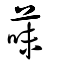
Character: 菋